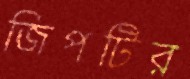
জিপটির